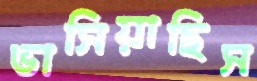
ভাসিয়াছিস